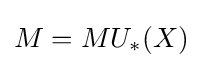
M={\mathcal {}}MU_{*}(X)